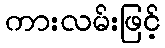
ကားလမ်းဖြင့်